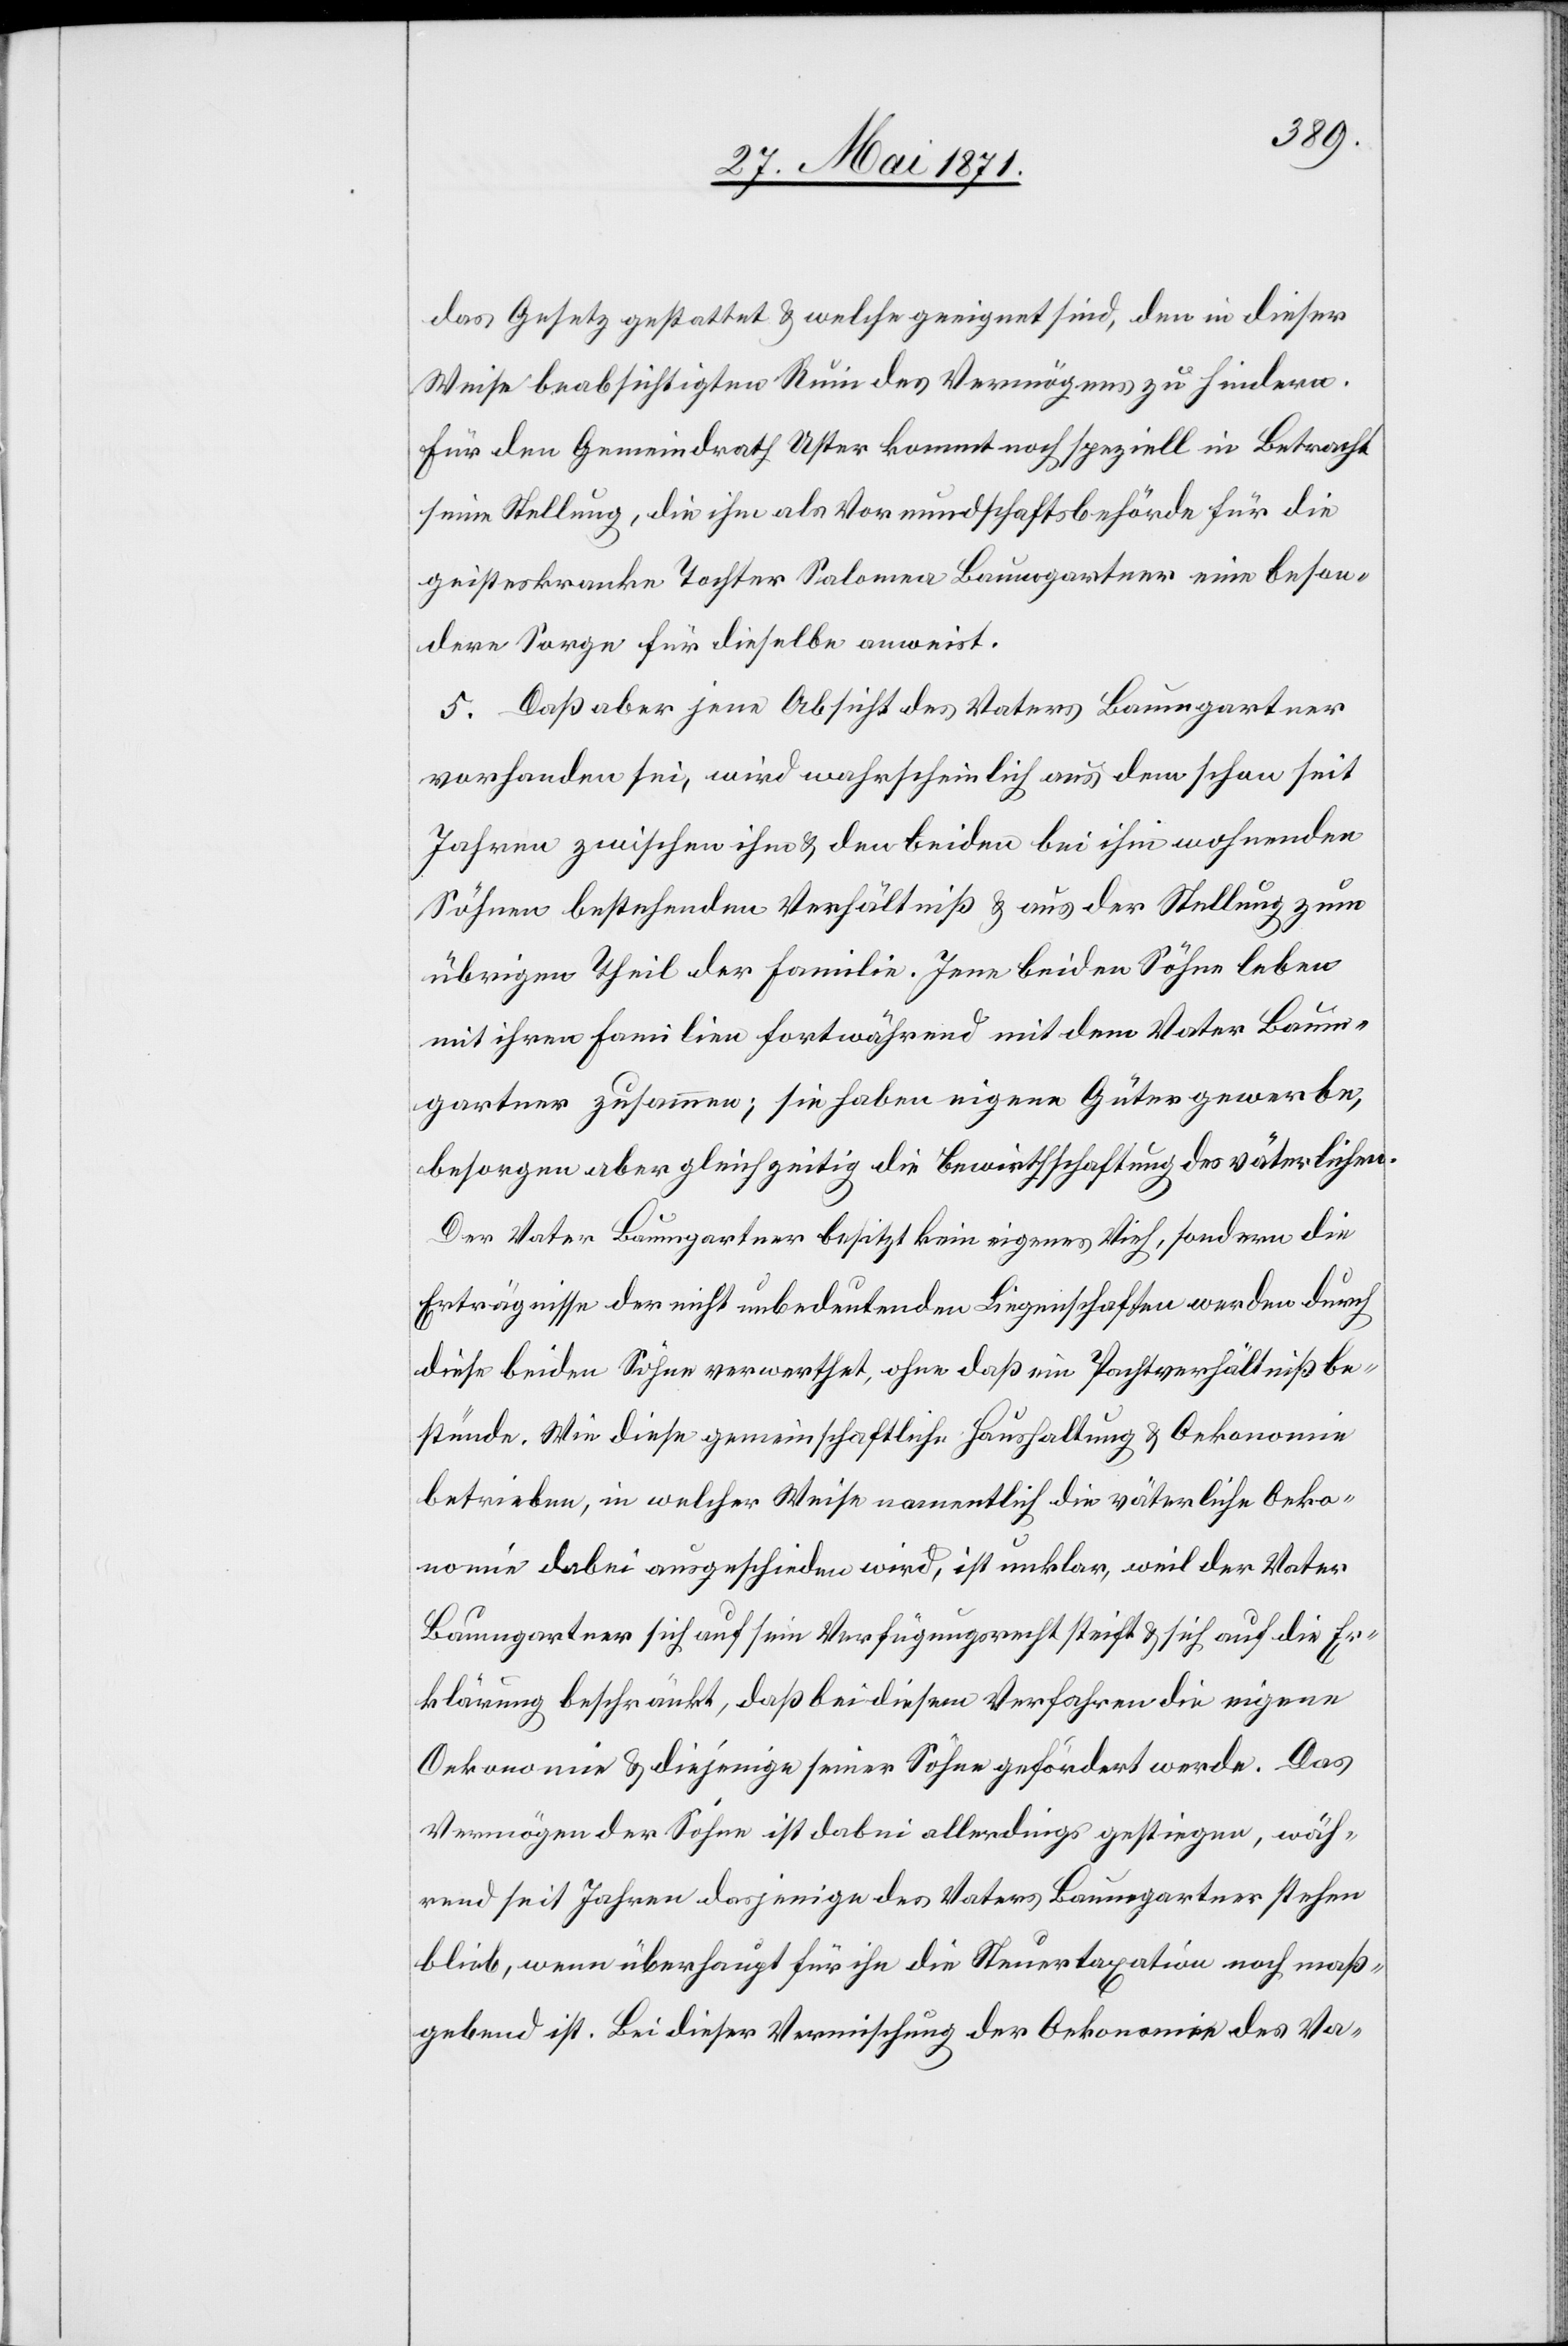
das Gesetz gestattet u. welche geeignet sind, den in dieser
Weise beabsichtigten Ruin des Vermögens zu hindern.
Für den Gemeindrath Uster kommt noch speziell in Betracht
seine Stellung, die ihm als Vormundschaftsbehörde für die
geisteskranke Tochter Salomea Baumgartner eine beson¬
dere Sorge für dieselbe anweist.
5. Daß aber jene Absicht des Vaters Baumgartner
vorhanden sei, wird wahrscheinlich aus dem schon seit
Jahren zwischen ihm u. den beiden bei ihm wohnenden
Söhnen bestehenden Verhältniß u. aus der Stellung zum
übrigen Theil der Familie. Jene beiden Söhne leben
mit ihren Familien fortwährend mit dem Vater Baum¬
gartner zusammen; sie haben eigene Gütergewerbe,
besorgen aber gleichzeitig die Bewirthschaftung des väterlichen.
Der Vater Baumgartner besitzt kein eigenes Vieh, sondern die
Erträgnisse der nicht unbedeutenden Liegenschaften werden durch
diese beiden Söhne verwerthet, ohne daß ein Pachtverhältniß be¬
stünde. Wie diese gemeinschaftliche Haushaltung u. Oekonomie
betrieben, in welcher Weise namentlich die väterliche Oeko¬
nomie dabei ausgeschieden wird, ist unklar, weil der Vater
Baumgartner sich auf sein Verfügungsrecht steift u. sich auf die Er¬
klärung beschränkt, daß bei diesem Verfahren die eigene
Oekonomie u. diejenige seiner Söhne gefördert werde. Das
Vermögen der Söhne ist dabei allerdings gestiegen, wäh¬
rend seit Jahren dasjenige des Vaters Baumgartner stehen
blieb, wenn überhaupt für ihn die Steuertaxation noch maß¬
gebend ist. Bei dieser Vermischung der Oekonomie des Va-